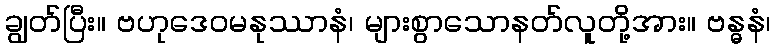
ချွတ်ပြီး။ ဗဟုဒေဝမနုဿာနံ၊ များစွာသောနတ်လူတို့အား။ ဗန္ဓနံ၊